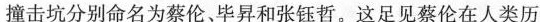
撞击坑分别命名为蔡伦、毕昇和张钰哲。这足见蔡伦在人类历